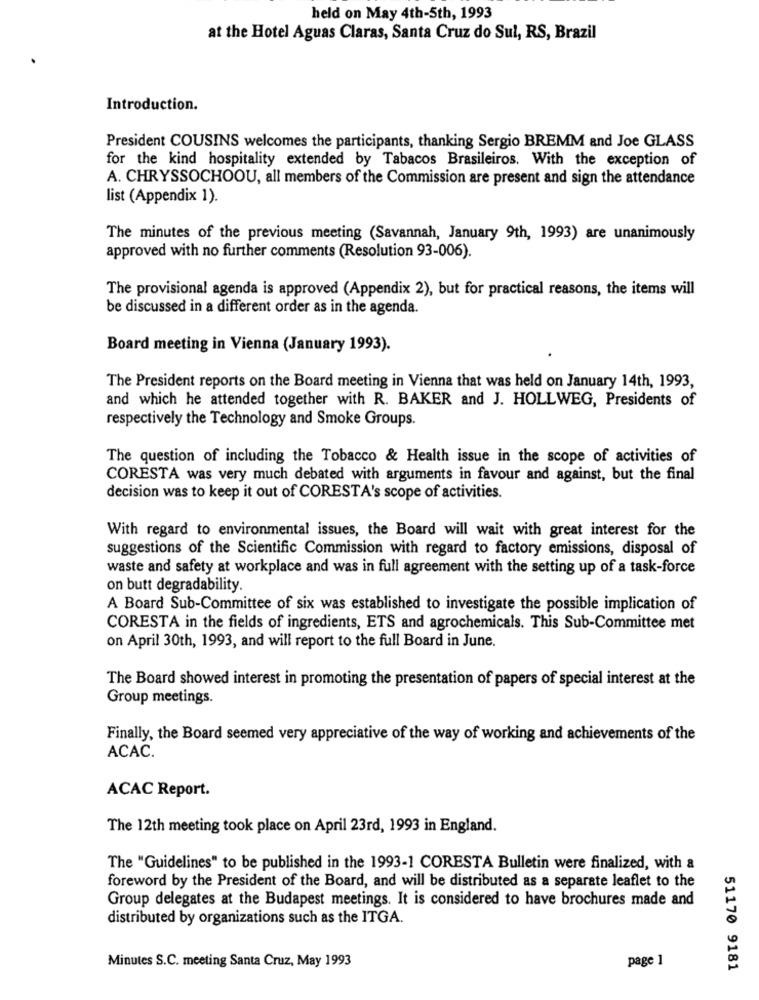
held on May 4th-5th, 1993
at the Hotel Aguas Claras, Santa Cruz do Sul, RS, Brazil
Introduction.
President COUSINS welcomes the participants, thanking Sergio BREMM and Joe GLASS
for the kind hospitality extended by Tabacos Brasileiros. With the exception of
A. CHRYSSOCHOOU, all members of the Commission are present and sign the attendance
list (Appendix 1).
The minutes of the previous meeting (Savannah, January 9th, 1993) are unanimously
approved with no further comments (Resolution 93-006).
The provisional agenda is approved (Appendix 2), but for practical reasons, the items will
be discussed in a different order as in the agenda.
Board meeting in Vienna (January 1993).
The President reports on the Board meeting in Vienna that was held on January 14th, 1993,
and which he attended together with R. BAKER and J. HOLLWEG, Presidents of
respectively the Technology and Smoke Groups.
The question of including the Tobacco & Health issue in the scope of activities of
CORESTA was very much debated with arguments in favour and against, but the final
decision was to keep it out of CORESTA's scope of activities.
With regard to environmental issues, the Board will wait with great interest for the
suggestions of the Scientific Commission with regard to factory emissions, disposal of
waste and safety at workplace and was in full agreement with the setting up of a task-force
on butt degradability.
A Board Sub-Committee of six was established to investigate the possible implication of
CORESTA in the fields of ingredients, ETS and agrochemicals. This Sub-Committee met
on April 30th, 1993, and will report to the full Board in June.
The Board showed interest in promoting the presentation of papers of special interest at the
Group meetings.
Finally, the Board seemed very appreciative of the way of working and achievements of the
ACAC.
ACAC Report.
The 12th meeting took place on April 23rd, 1993 in England.
The "Guidelines" to be published in the 1993-1 CORESTA Bulletin were finalized, with a
foreword by the President of the Board, and will be distributed as a separate leaflet to the
Group delegates at the Budapest meetings. It is considered to have brochures made and
distributed by organizations such as the ITGA.
Minutes S.C. meeting Santa Cruz, May 1993
page 1
51170 9181